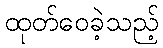
ထုတ်ဝေခဲ့သည့်